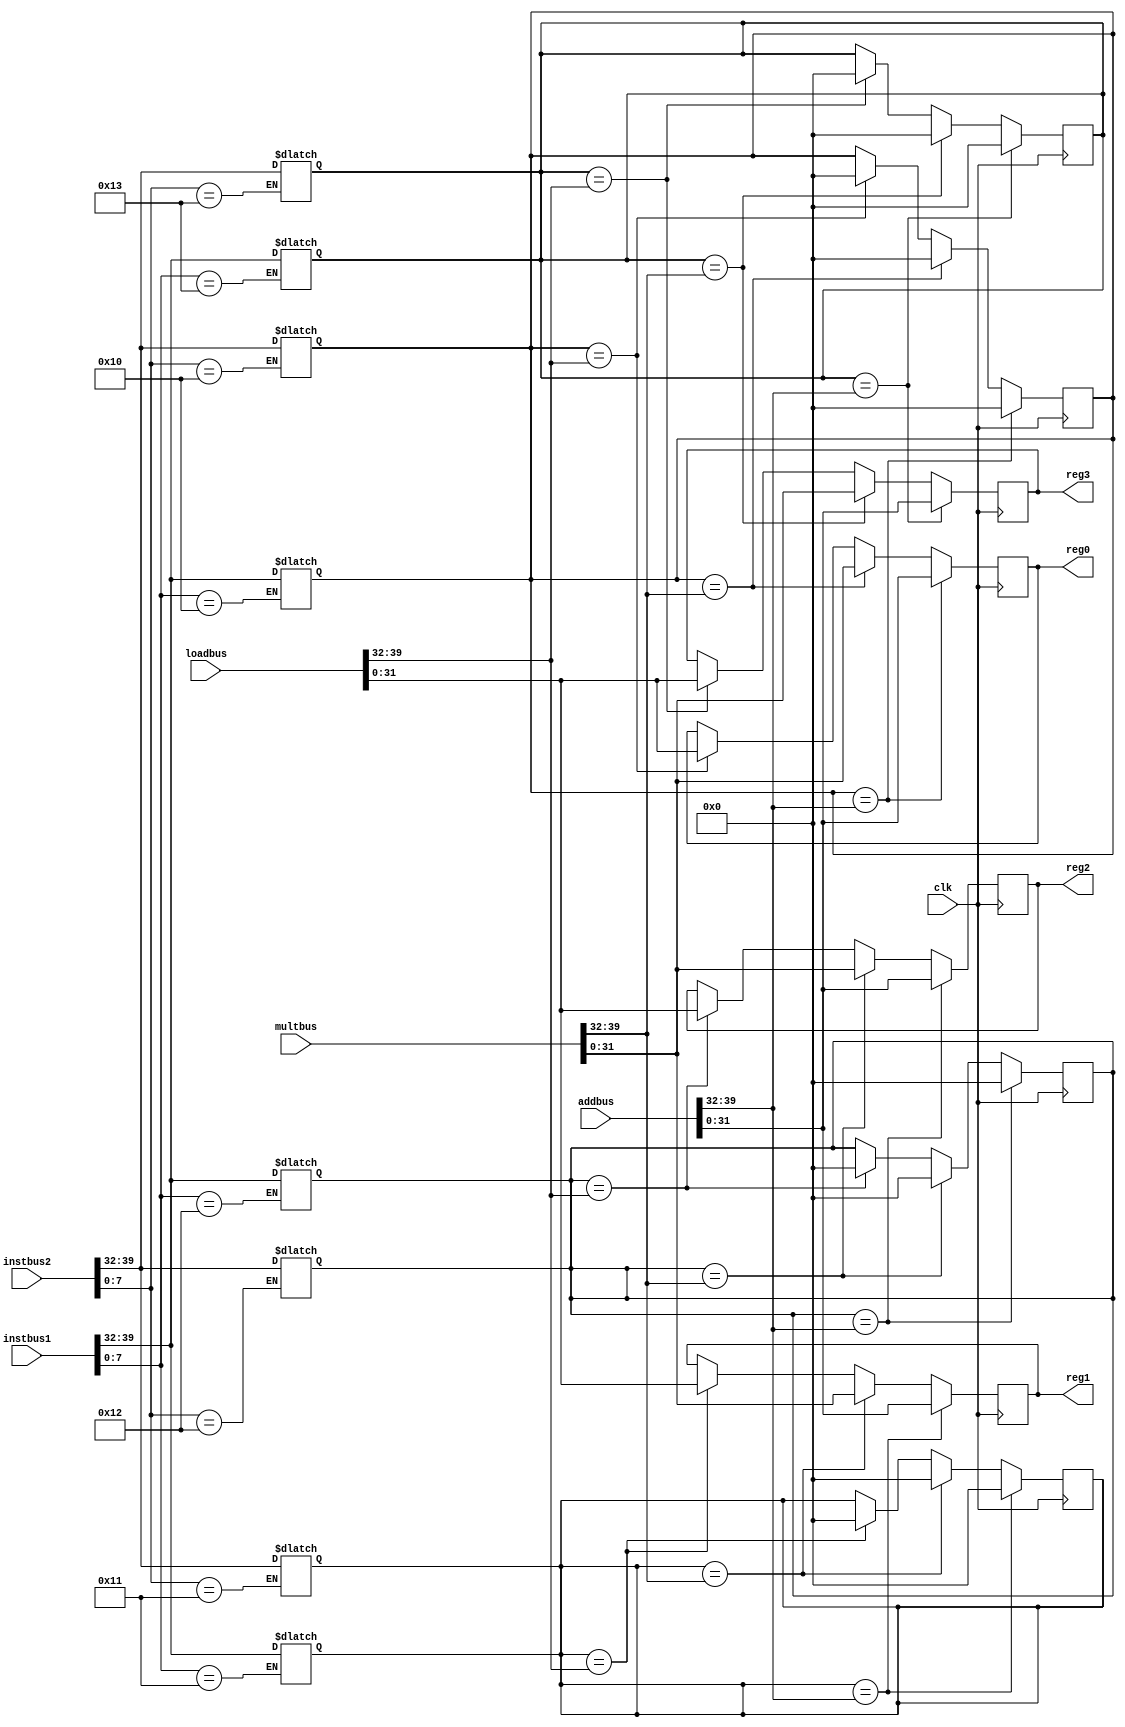
module register(
  input clk,
  input [39:0]loadbus,
  input [39:0]multbus,
  input [39:0]addbus,
  input [39:0]instbus1,
  input [39:0]instbus2,
  output reg [31:0]reg0,
  output reg [31:0]reg1,
  output reg [31:0]reg2,
  output reg [31:0]reg3
  );
  
  `define LOAD 8'h01
  `define STORE 8'h02
  `define ADD 8'h03
  `define MULTI 8'h04
  `define R0 8'h10
  `define R1 8'h11
  `define R2 8'h12
  `define R3 8'h13
  `define A0 8'h20
  `define A1 8'h21
  `define A2 8'h22
  `define M0 8'h30
  `define M1 8'h31
  `define LD0 8'h40
  `define LD1 8'h41
  `define ST0 8'h50
  `define ST1 8'h51
  
  reg [7:0]R0_t;
  reg [7:0]R1_t;
  reg [7:0]R2_t;
  reg [7:0]R3_t;
  
  always @ (instbus1) begin
    case (instbus1[7:0])
      `R0:R0_t<=instbus1[39:32];
      `R1:R1_t<=instbus1[39:32];
      `R2:R2_t<=instbus1[39:32];
      `R3:R3_t<=instbus1[39:32];
    endcase
  end
  
  always @ (instbus2) begin
    case (instbus2[7:0])
      `R0:R0_t<=instbus2[39:32];
      `R1:R1_t<=instbus2[39:32];
      `R2:R2_t<=instbus2[39:32];
      `R3:R3_t<=instbus2[39:32];
    endcase
  end
  
  always @ (posedge clk) begin
    if (R0_t==addbus[39:32])begin
      reg0<=addbus[31:0];
      R0_t<=0;
    end
    else if (R0_t==multbus[39:32])begin
      reg0<=multbus[31:0];
      R0_t<=0;
    end
    else if (R0_t==loadbus[39:32])begin
      reg0<=loadbus[31:0];
      R0_t<=0;
    end
      
    if (R1_t==addbus[39:32])begin
      reg1<=addbus[31:0];
      R1_t<=0;
    end
    else if (R1_t==multbus[39:32])begin
      reg1<=multbus[31:0];
      R1_t<=0;
    end
    else if (R1_t==loadbus[39:32])begin
      reg1<=loadbus[31:0];
      R1_t<=0;
    end
  
    if (R2_t==addbus[39:32])begin
      reg2<=addbus[31:0];
      R2_t<=0;
    end
    else if (R2_t==multbus[39:32])begin
      reg2<=multbus[31:0];
      R2_t<=0;
    end
    else if (R2_t==loadbus[39:32])begin
      reg2<=loadbus[31:0];
      R2_t<=0;
    end
      
    if (R3_t==addbus[39:32])begin
      reg3<=addbus[31:0];
      R3_t<=0;
    end
    else if (R3_t==multbus[39:32])begin
      reg3<=multbus[31:0];
      R3_t<=0;
    end
    else if (R3_t==loadbus[39:32])begin
      reg3<=loadbus[31:0];
      R3_t<=0;
    end
  end
      
endmodule